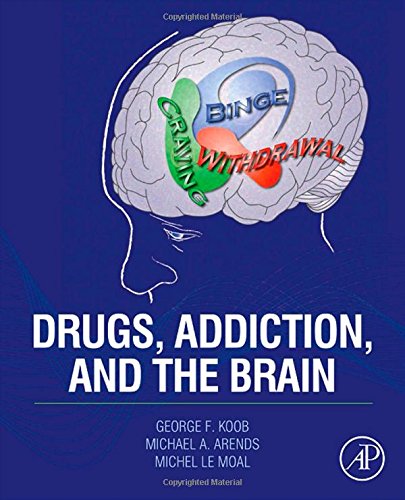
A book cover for Drugs, Addiction, and the Brain; George F. Koob; Medical Books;